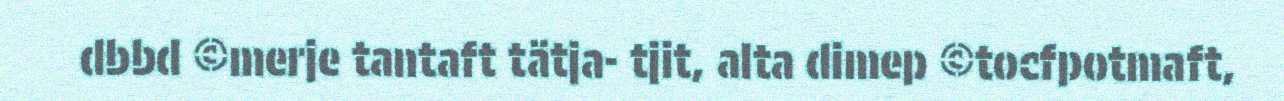
dbbd ©merje tantaft tätja- tjit, alta dimep ©tocfpotmaft,